Indian Medical Review
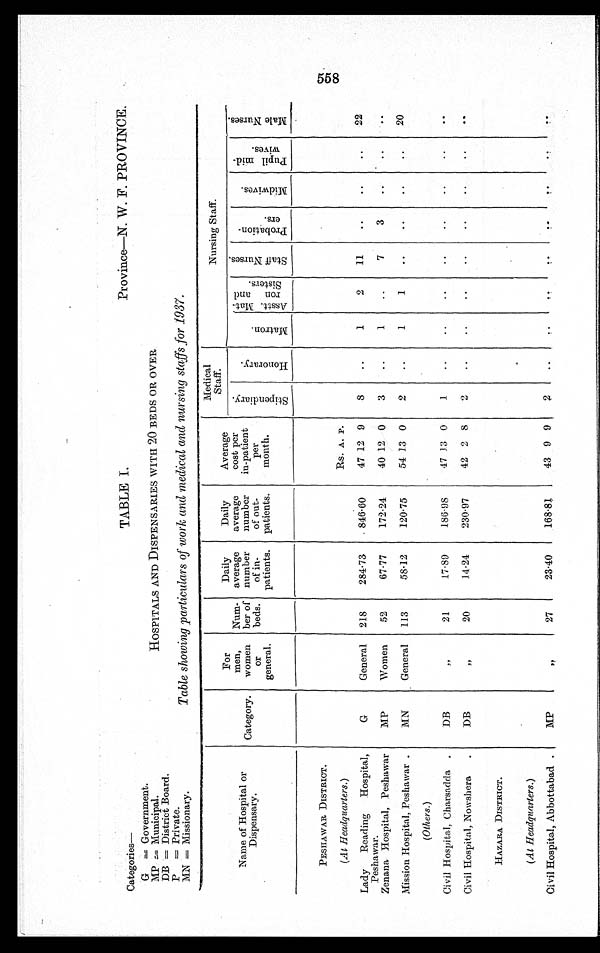
Categories—
G = Government. M P = M u n i c i p a l .
DB = District Board.
P = Private.
MN = Missionary.
Province—N. W. F. PROVINCE.
HOSPITALS AND DISPENSARIES WITH 20 BEDS OR OVER
Table showing particulars of work and medical and nursing staffs for 1937.
TABLE I.
Name of Hospital or
Dispensary.
Category.
For
men,
women o r
general.
Num- ber of
beds.
Daily
average
number of in-
patients.
Daily
average number of out-
patients.
Average cost per
in-patient per
month.
Medical Staff.
Nursing Staff.
S t i p e n d i a r y .
H o n o r a r y .
M a t r o n .
As s t t . Ma t -
r on and
Si st er s. S t a f f N u r s e s . P r o b a t i o n -
e r s .
M i d w i v e s . P u p i l m i d -
w i v e s .
M a l e N u r s e s .
PESHAWAR DISTRICT.
(At Headquarters. )
Rs. A. P.
Lady Reading Hospital,
Peshawar.
G
G e n e r a l 218 284. 73
8 4 6 . 6 0 47 12 9 8
1 2 11
22
Zenana Hospital, Peshawar MP Women 52 67. 77 172. 24 40 12 0 3
1
7 3
Mission Hospital, Peshawar MN General 113 58.12 120. 75 54 13 0 2
1 1
20
(Ot hers.)
Civil Hospital, Charsadda
DB
„ 21 17. 89 186. 98 47 13 0 1
Civil Hospi tal , Nowshera
DB
„ 20 14. 24 230. 97
42 2 8 2
HAZARA DI STRI CT.
(At Headquarters. )
Civil Hospital, Abbottabad MP „
27 23. 40 168. 81
43 9 9 2
558